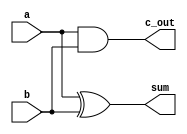
module halfadd(sum,c_out,a,b);

output sum,c_out;
input a,b;
xor(sum,a,b);
and(c_out,a,b);
endmodule